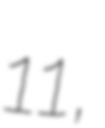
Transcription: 11,